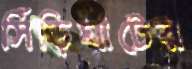
সিঁড়িঘাটের